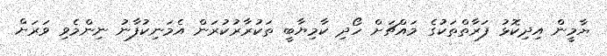
ޔާމީން އިދިކޮޅު ފަރާތްތަކުގެ މައްޗަށް ހޯދި ކާމިޔާބީ ތަކުރާރުކުރަން އެމަނިކުފާނު ނިންމެވި ވަރަށް